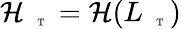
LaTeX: \mathcal{H}_{\mathrm{~\tiny~\textnormal~{~T~}~}}=\mathcal{H}(L_{\mathrm{~\tiny~\textnormal~{~T~}~}})